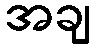
အချ